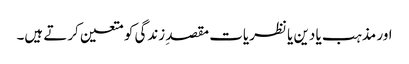
اور مذہب یا دین یا نظریات مقصدِ زندگی کو متعین کرتے ہیں۔